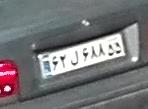
۶۲ل۶۸۸۵۵